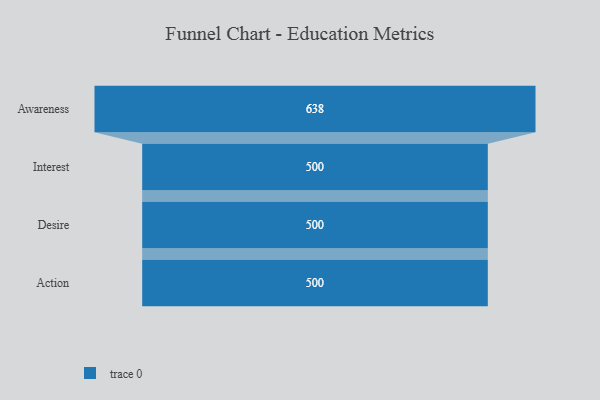
{"axis": {"x": "Stage", "y": "Value"}, "legend": [""], "data": [{"x": "Awareness", "y": 638.0, "type": ""}, {"x": "Interest", "y": 500, "type": ""}, {"x": "Desire", "y": 500, "type": ""}, {"x": "Action", "y": 500, "type": ""}]}